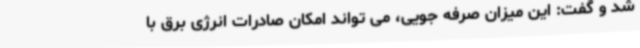
شد و گفت: این میزان صرفه جویی، می تواند امکان صادرات انرژی برق با